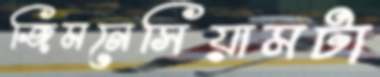
জিমনেসিয়ামটা